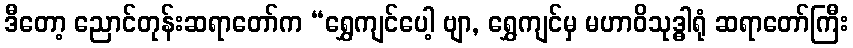
ဒီတော့ ညောင်တုန်းဆရာတော်က “ရွှေကျင်ပေါ့ ဗျာ, ရွှေကျင်မှ မဟာဝိသုဒ္ဓါရုံ ဆရာတော်ကြီး